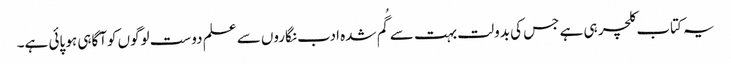
یہ کتاب کلچر ہی ہے جس کی بدولت بہت سے گُم شدہ ادب نگاروں سے علم دوست لوگوں کوآگاہی ہو پائی ہے۔